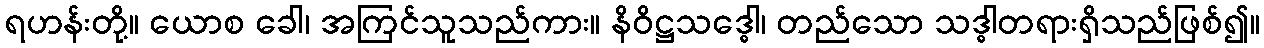
ရဟန်းတို့။ ယောစ ခေါ၊ အကြင်သူသည်ကား။ နိဝိဋ္ဌသဒ္ဓေါ၊ တည်သော သဒ္ဓါတရားရှိသည်ဖြစ်၍။